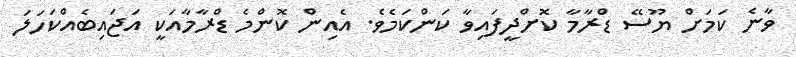
ވާނެ ކަމަށް ޔޫސޭ ޑްރާމާ ކޮށްދީފައިވާ ކަންކަމެވެ. އެއިން ކޮންމެ ޑްރާމާއަކީ އަޖައިބެއްކަހަލަ